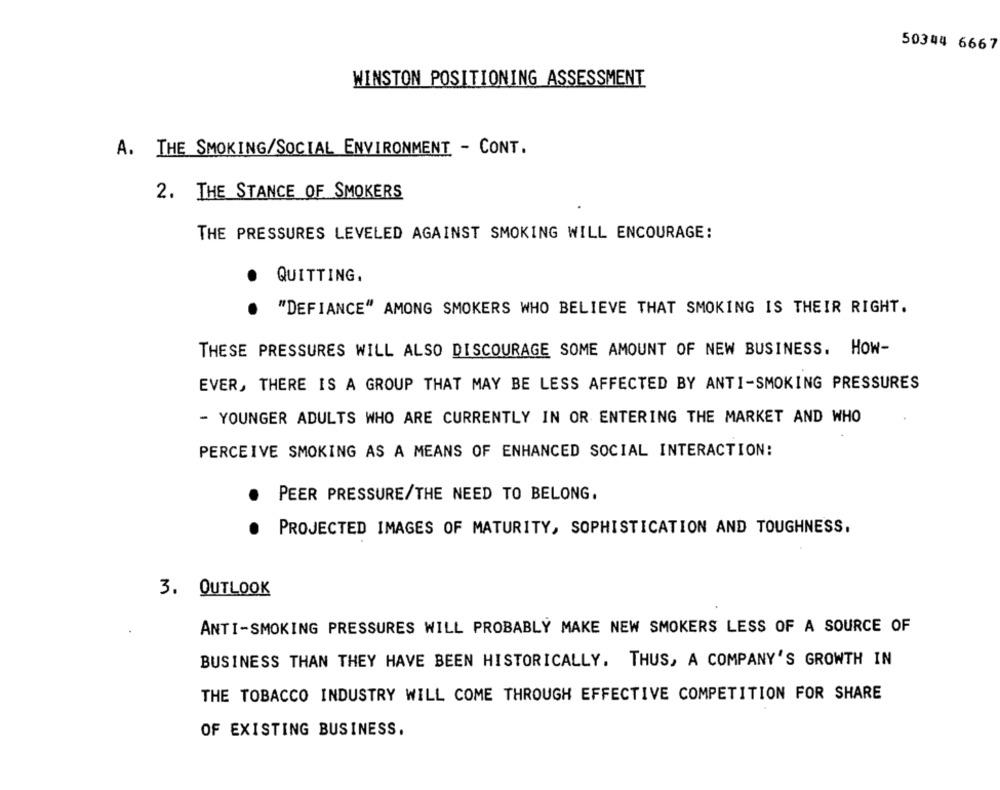
50344 6667
WINSTON POSITIONING ASSESSMENT
A. THE SMOKING/SOCIAL ENVIRONMENT - CONT.
2. THE STANCE OF SMOKERS
THE PRESSURES LEVELED AGAINST SMOKING WILL ENCOURAGE:
.
QUITTING.
"DEFIANCE" AMONG SMOKERS WHO BELIEVE THAT SMOKING IS THEIR RIGHT.
THESE PRESSURES WILL ALSO DISCOURAGE SOME AMOUNT OF NEW BUSINESS. HOW-
EVER, THERE IS A GROUP THAT MAY BE LESS AFFECTED BY ANTI-SMOKING PRESSURES
- YOUNGER ADULTS WHO ARE CURRENTLY IN OR ENTERING THE MARKET AND WHO
PERCEIVE SMOKING AS A MEANS OF ENHANCED SOCIAL INTERACTION:
PEER PRESSURE/THE NEED TO BELONG.
PROJECTED IMAGES OF MATURITY, SOPHISTICATION AND TOUGHNESS,
3. OUTLOOK
ANTI-SMOKING PRESSURES WILL PROBABLY MAKE NEW SMOKERS LESS OF A SOURCE OF
BUSINESS THAN THEY HAVE BEEN HISTORICALLY. THUS, A COMPANY'S GROWTH IN
THE TOBACCO INDUSTRY WILL COME THROUGH EFFECTIVE COMPETITION FOR SHARE
OF EXISTING BUSINESS.